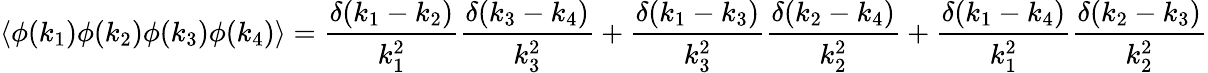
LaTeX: \left\langle\phi(k_{1})\phi(k_{2})\phi(k_{3})\phi(k_{4})\right\rangle={\frac{\delta(k_{1}-k_{2})}{k_{1}^{2}}}{\frac{\delta(k_{3}-k_{4})}{k_{3}^{2}}}+{\frac{\delta(k_{1}-k_{3})}{k_{3}^{2}}}{\frac{\delta(k_{2}-k_{4})}{k_{2}^{2}}}+{\frac{\delta(k_{1}-k_{4})}{k_{1}^{2}}}{\frac{\delta(k_{2}-k_{3})}{k_{2}^{2}}}